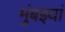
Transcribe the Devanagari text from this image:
मुंबइयां